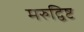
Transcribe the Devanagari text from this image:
मरुद्विष्ट